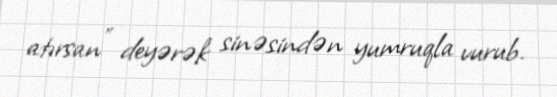
atırsan” deyərək sinəsindən yumruqla vurub.